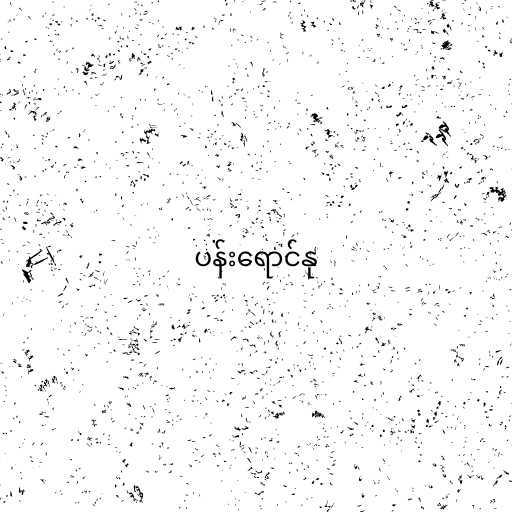
ပန်းရောင်နု